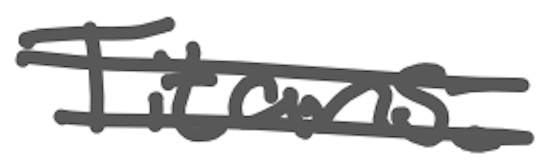
Text: Titans.
Cross-out: mix
Writing tool: digital_gray